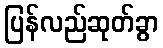
ပြန်လည်ဆုတ်ခွာ